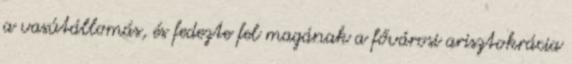
a vasútállomás, és fedezte fel magának a fővárosi arisztokrácia